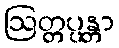
ဩတ္တပ္ပန္တာ